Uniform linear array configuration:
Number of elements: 48
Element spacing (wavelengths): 0.25
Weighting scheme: kaiser
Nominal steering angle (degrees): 15
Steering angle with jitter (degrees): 14.192
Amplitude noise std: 0.05
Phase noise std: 0.05

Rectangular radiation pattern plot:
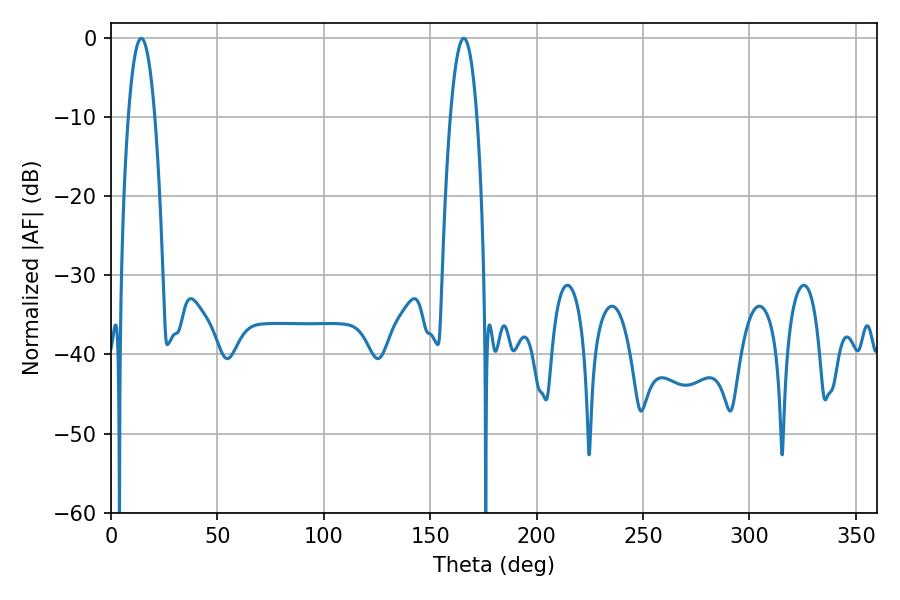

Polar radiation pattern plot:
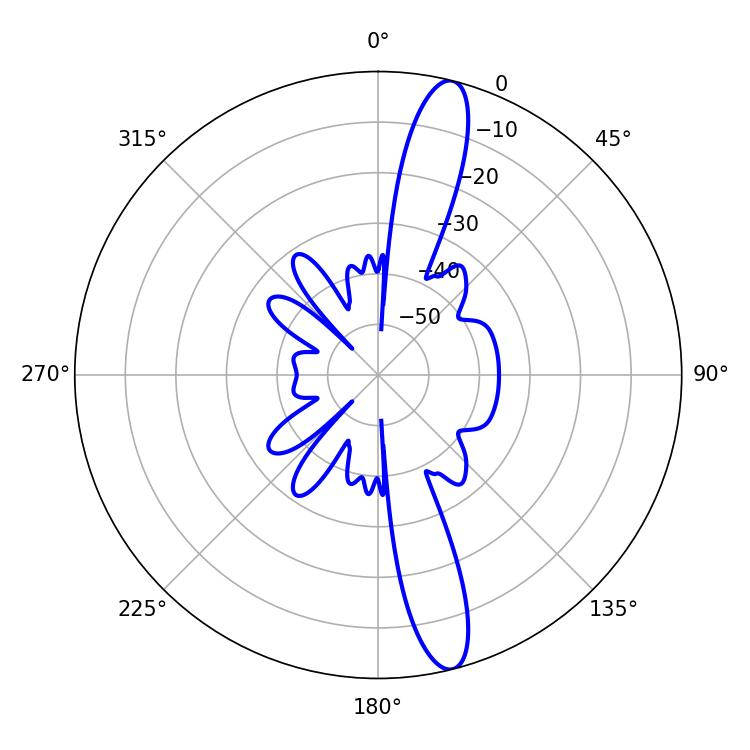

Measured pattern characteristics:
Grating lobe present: FALSE
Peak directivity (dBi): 14.953
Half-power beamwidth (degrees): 6.84
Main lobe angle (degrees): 14.22